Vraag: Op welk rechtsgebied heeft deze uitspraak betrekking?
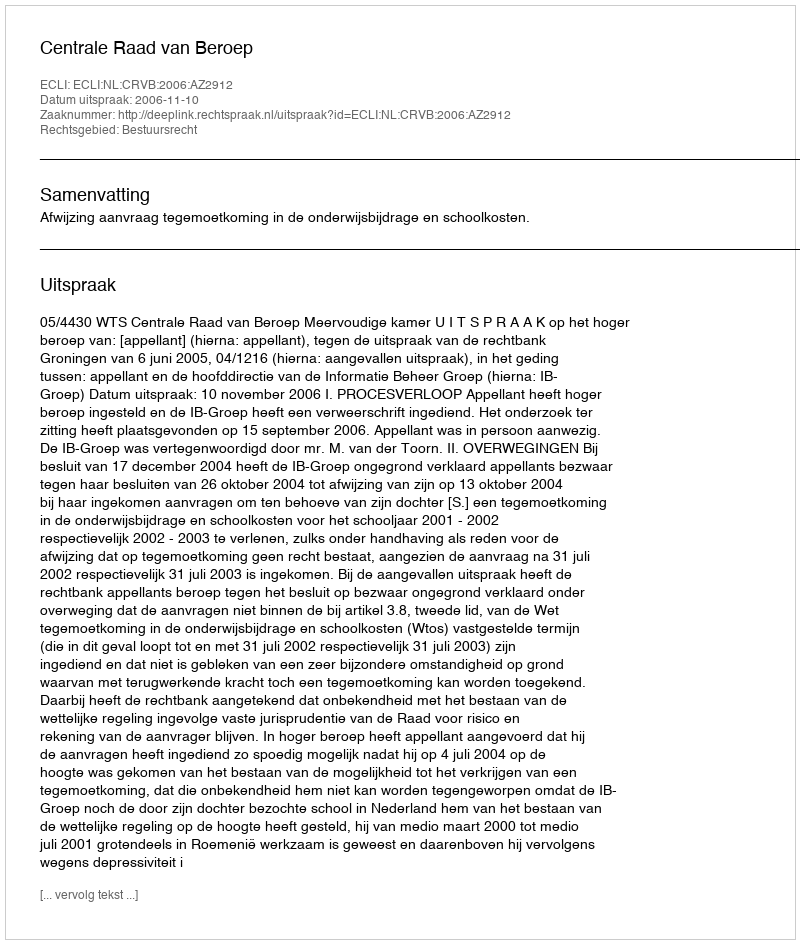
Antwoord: Bestuursrecht